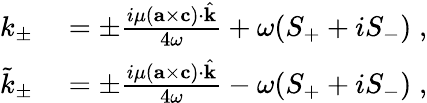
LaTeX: \begin{array}{rl}{k_{\pm}}&{{}=\pm\frac{i\mu({\mathbf{a}}\times{\mathbf{c}})\cdot\hat{\mathbf{k}}}{4\omega}+\omega(S_{+}+iS_{-})\; ,}\\ {\tilde{k}_{\pm}}&{{}=\pm\frac{i\mu({\mathbf{a}}\times{\mathbf{c}})\cdot\hat{\mathbf{k}}}{4\omega}-\omega(S_{+}+iS_{-})\; ,}\end{array}